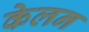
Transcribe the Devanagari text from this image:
केलन